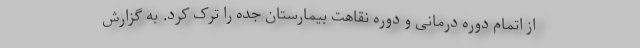
از اتمام دوره درمانی و دوره نقاهت بیمارستان جده را ترک کرد. به گزارش